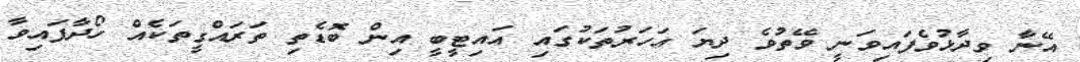
އޭނާ ވިދާޅުވެފައިވަނީ ވޭތުވެ ދިޔަ އަހަރުތަކުގައި އައިޓީބީ އިން ބޮޑެތި ތަރައްގީތަކެއް ހޯދާފައިވާ